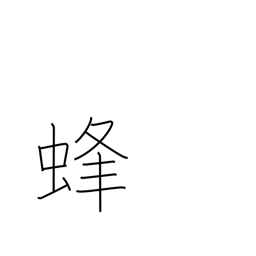
Meaning: bee